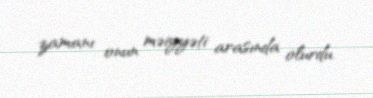
zamanı onun məiyyəti arasında olurdu.